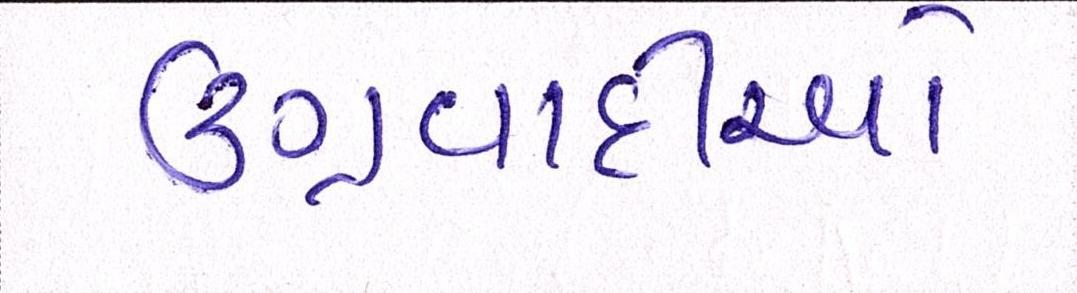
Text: ઉગ્રવાદીઓ